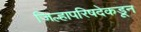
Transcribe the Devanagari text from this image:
जिल्हापरिषदेकडून